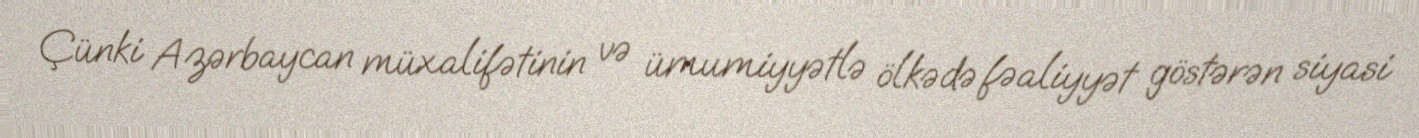
Çünki Azərbaycan müxalifətinin və ümumiyyətlə ölkədə fəaliyyət göstərən siyasi